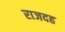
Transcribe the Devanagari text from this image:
राजदह